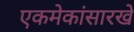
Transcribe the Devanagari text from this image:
एकमेकांसारखे